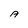
Character: A